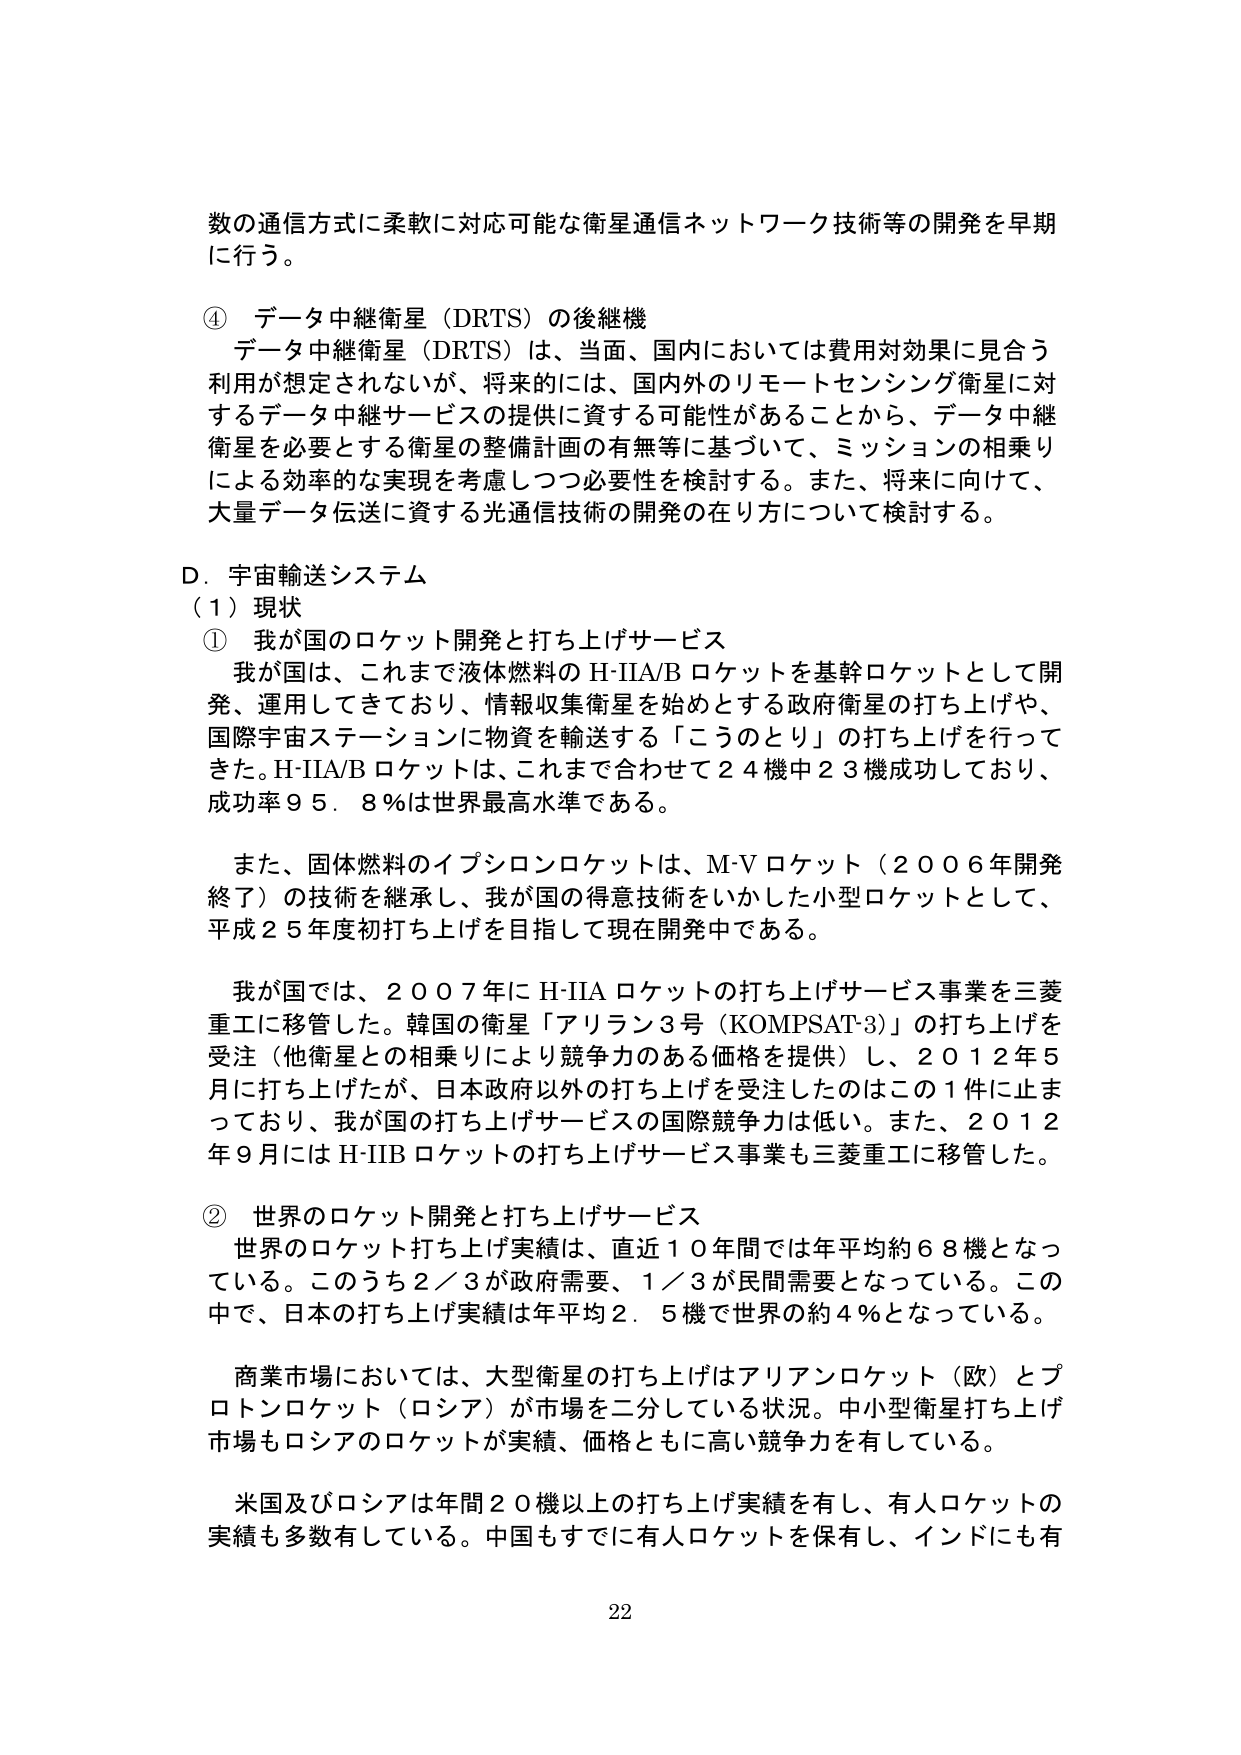
数の通信方式に柔軟に対応可能な衛星通信ネットワーク技術等の開発を早期に行う。

④ データ中継衛星（DRTS）の後継機
　データ中継衛星（DRTS）は、当面、国内においては費用対効果に見合う利用が想定されないが、将来的には、国内外のリモートセンシング衛星に対するデータ中継サービスの提供に資する可能性があることから、データ中継衛星を必要とする衛星の整備計画の有無等に基づいて、ミッションの相乗りによる効率的な実現を考慮しつつ必要性を検討する。また、将来に向けて、大量データ伝送に資する光通信技術の開発の在り方について検討する。

D．宇宙輸送システム
（1）現状
① 我が国のロケット開発と打ち上げサービス
　我が国は、これまで液体燃料のH-IIA/Bロケットを基幹ロケットとして開発、運用してきており、情報収集衛星を始めとする政府衛星の打ち上げや、国際宇宙ステーションに物資を輸送する「こうのとり」の打ち上げを行ってきた。H-IIA/Bロケットは、これまで合わせて24機中23機成功しており、成功率95.8％は世界最高水準である。

　また、固体燃料のイプシロンロケットは、M-Vロケット（2006年開発終了）の技術を継承し、我が国の得意技術をいかした小型ロケットとして、平成25年度初打ち上げを目指して現在開発中である。

　我が国では、2007年にH-IIAロケットの打ち上げサービス事業を三菱重工に移管した。韓国の衛星「アリラン3号（KOMPSAT-3）」の打ち上げを受注（他衛星との相乗りにより競争力のある価格を提供）し、2012年5月に打ち上げたが、日本政府以外の打ち上げを受注したのはこの1件に止まっており、我が国の打ち上げサービスの国際競争力は低い。また、2012年9月にはH-IIBロケットの打ち上げサービス事業も三菱重工に移管した。

② 世界のロケット開発と打ち上げサービス
　世界のロケット打ち上げ実績は、直近10年間では年平均約68機となっている。このうち2／3が政府需要、1／3が民間需要となっている。この中で、日本の打ち上げ実績は年平均2.5機で世界の約4％となっている。

　商業市場においては、大型衛星の打ち上げはアリアンロケット（欧）とプロトンロケット（ロシア）が市場を二分している状況。中小型衛星打ち上げ市場もロシアのロケットが実績、価格ともに高い競争力を有している。

　米国及びロシアは年間20機以上の打ち上げ実績を有し、有人ロケットの実績も多数有している。中国もすでに有人ロケットを保有し、インドにも有

22